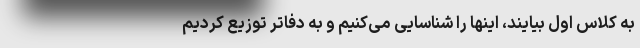
به کلاس اول بیایند، اینها را شناسایی می‌کنیم و به دفاتر توزیع کردیم